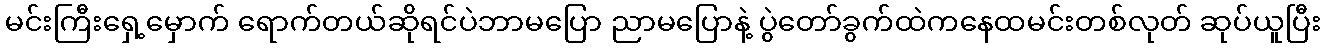
မင်းကြီးရှေ့မှောက် ရောက်တယ်ဆိုရင်ပဲဘာမပြော ညာမပြောနဲ့ ပွဲတော်ခွက်ထဲကနေထမင်းတစ်လုတ် ဆုပ်ယူပြီး